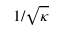
1 / { \sqrt { \kappa } }